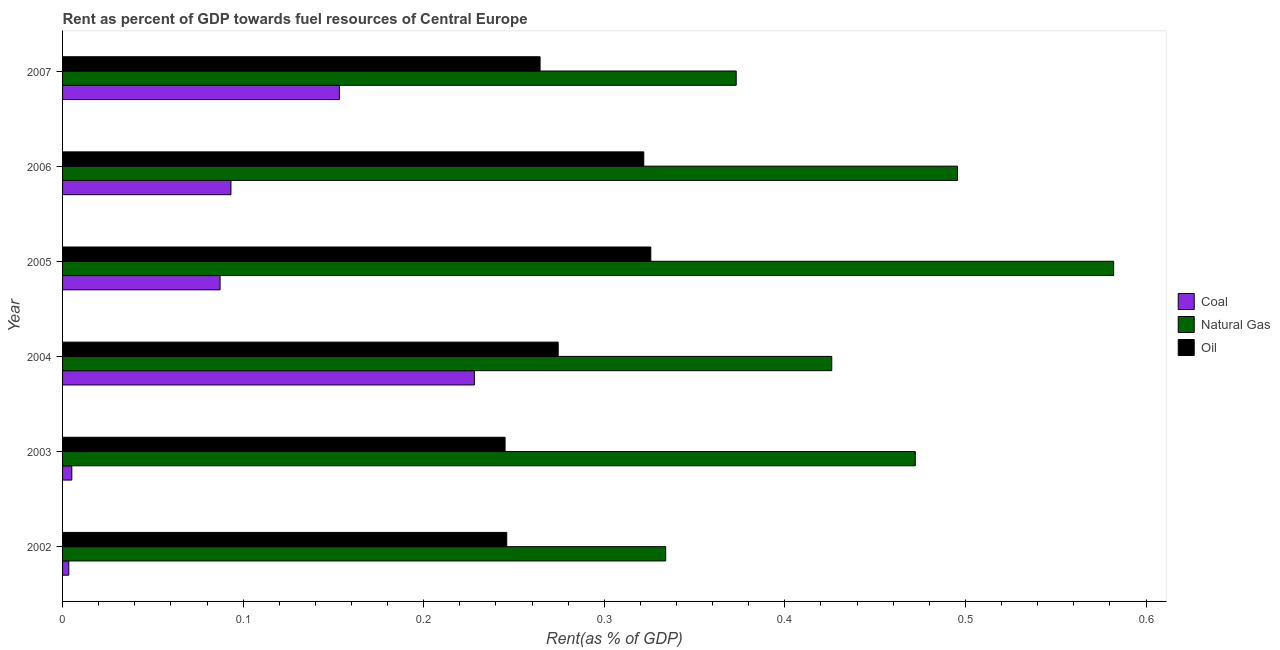
| Year | Coal | Natural Gas | Oil |
 | --- | --- | --- | --- |
 | 2002 | 0.00345 | 0.334 | 0.246 |
 | 2003 | 0.00511 | 0.472 | 0.245 |
 | 2004 | 0.228 | 0.426 | 0.274 |
 | 2005 | 0.0872 | 0.582 | 0.326 |
 | 2006 | 0.0932 | 0.496 | 0.322 |
 | 2007 | 0.153 | 0.373 | 0.264 |